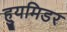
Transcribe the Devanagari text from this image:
ह्युमिडर